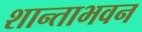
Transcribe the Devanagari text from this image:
शान्ताभवन